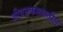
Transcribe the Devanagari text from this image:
जीवनकालातील